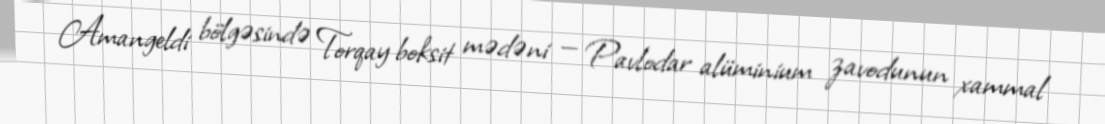
Amangeldi bölgəsində Torqay boksit mədəni — Pavlodar alüminium zavodunun xammal